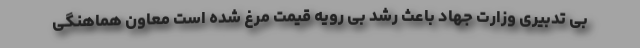
بی تدبیری وزارت جهاد باعث‌ رشد بی رویه قیمت مرغ شده است معاون هماهنگی